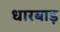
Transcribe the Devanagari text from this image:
धारबाड़